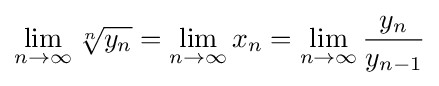
\lim _{n\to \infty }{\sqrt[{n}]{y_{n}}}=\lim _{n\to \infty }x_{n}=\lim _{n\to \infty }{\frac {y_{n}}{y_{n-1}}}